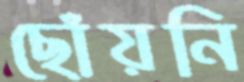
ছোঁয়নি